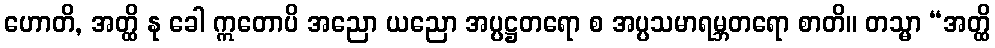
ဟောတိ, အတ္ထိ နု ခေါ ဣတောပိ အညော ယညော အပ္ပဋ္ဌတရော စ အပ္ပသမာရမ္ဘတရော စာတိ။ တသ္မာ “အတ္ထိ